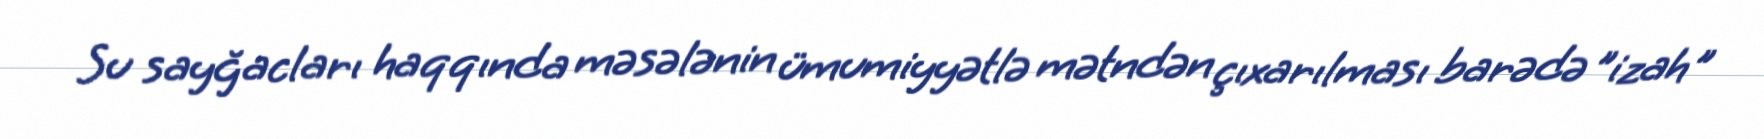
Su sayğacları haqqında məsələnin ümumiyyətlə mətndən çıxarılması barədə ”izah"